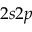
2 s 2 p